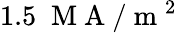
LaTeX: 1.5\; \mathrm{~M~A~}/\mathrm{~m~}^{2}